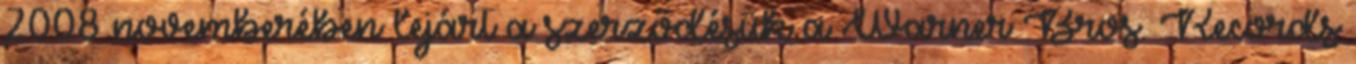
2008 novemberében lejárt a szerződésük a Warner Bros. Records